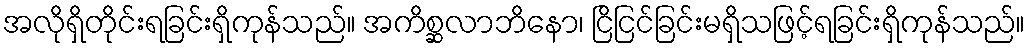
အလိုရှိတိုင်းရခြင်းရှိကုန်သည်။ အကိစ္ဆလာဘိနော၊ ငြိငြင်ခြင်းမရှိသဖြင့်ရခြင်းရှိကုန်သည်။